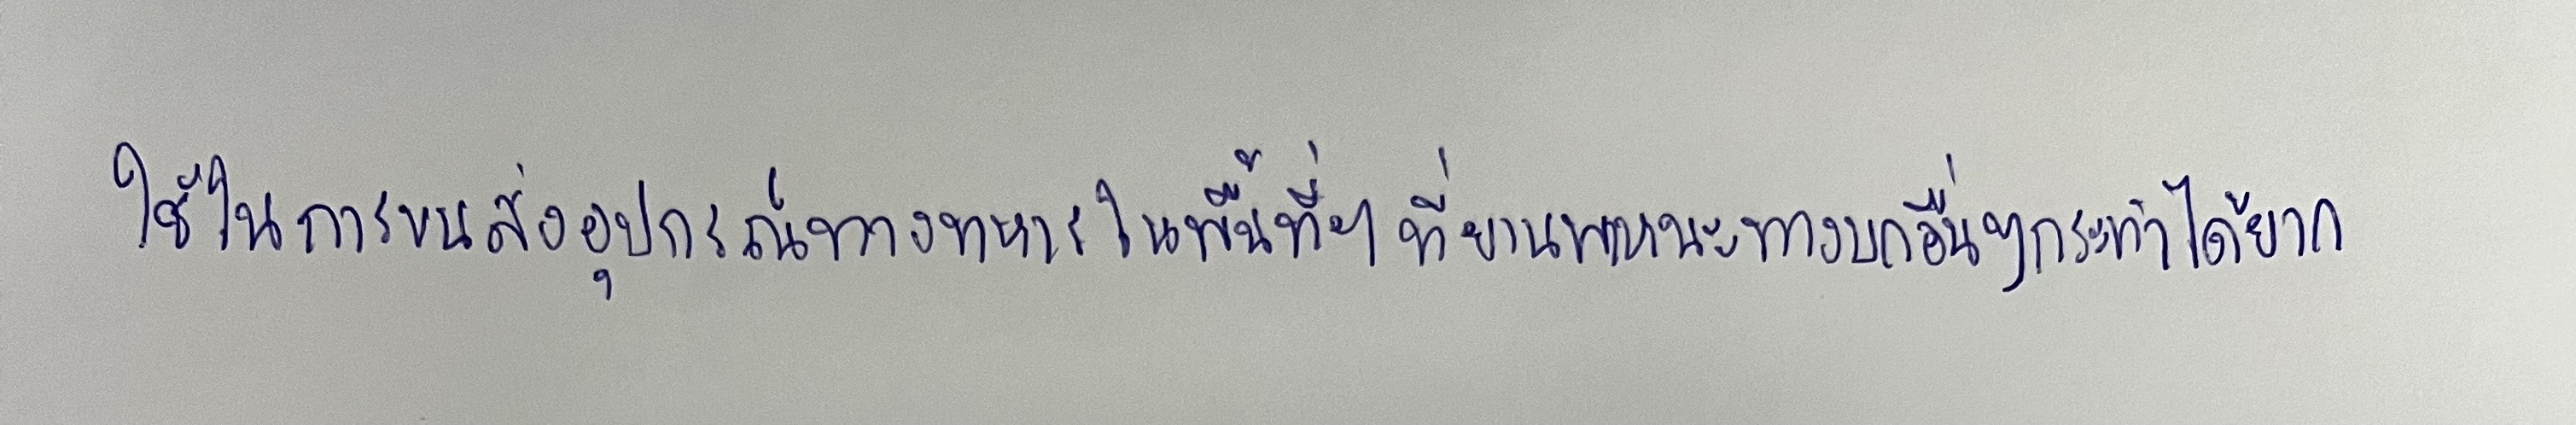
ใช้ในการขนส่งอุปกรณ์ทางทหารในพื้นที่ฯที่ยานพาหนะทางบกอื่นๆกระทำได้ยาก